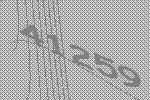
41259